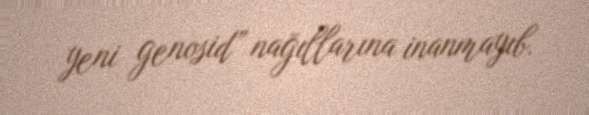
yeni genosid” nağıllarına inanmayıb.